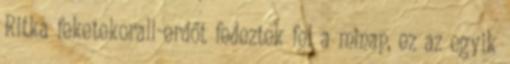
Ritka feketekorall-erdőt fedeztek fel a minap, ez az egyik